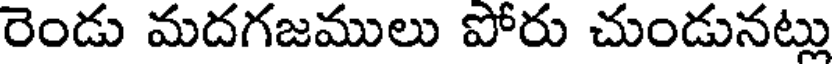
రెండు మదగజములు పోరు చుండునట్లు